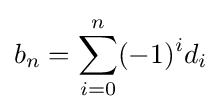
b_{n}=\sum _{i=0}^{n}(-1)^{i}d_{i}